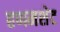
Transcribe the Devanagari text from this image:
हणमशेट